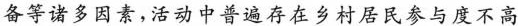
备等诸多因素，活动中普遍存在乡村居民参与度不高